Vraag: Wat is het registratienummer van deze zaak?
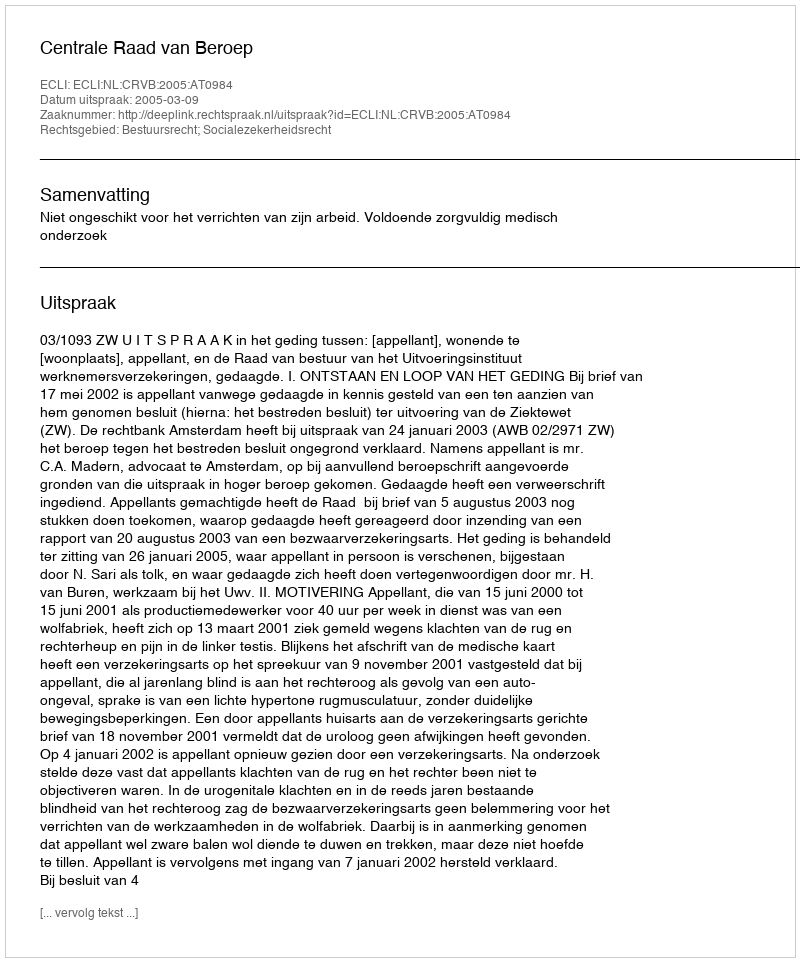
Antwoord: http://deeplink.rechtspraak.nl/uitspraak?id=ECLI:NL:CRVB:2005:AT0984